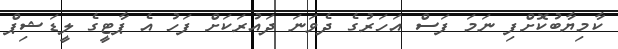
ކާމިޔާބުކޮށްފި ނަމަ ފަސް އަހަރުގެ ދެވަނަ ދައުރަކަށް ފަހު އެ ޕާޓީގެ ލީޑަޝިޕް